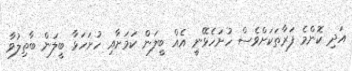
އަދި ކޮންމެ ފަރާތަކަށްވެސް ހުށަހެޅޭނީ އެއް ބީލަން ކަމަށާއި ހުށަހަޅާ ބީލަން ބާތިލުވާ